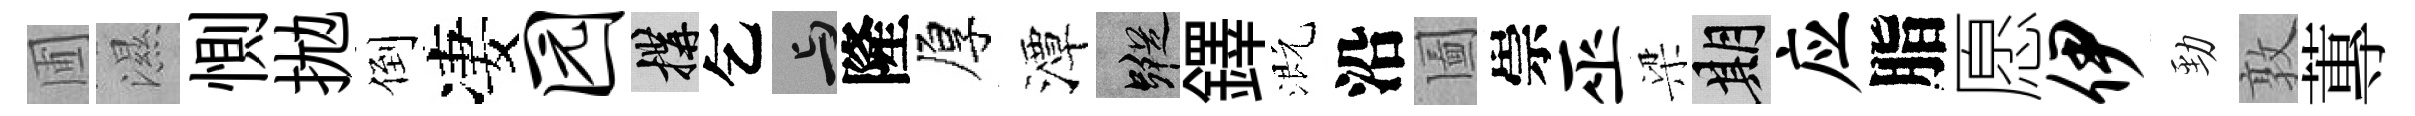
圃濕惻拋倒凄园構乞与隆厚潭蹤鐸溉沿圗崇巫梁期应脂愿伊勁敦蓴